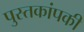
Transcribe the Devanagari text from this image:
पुस्तकांपकी